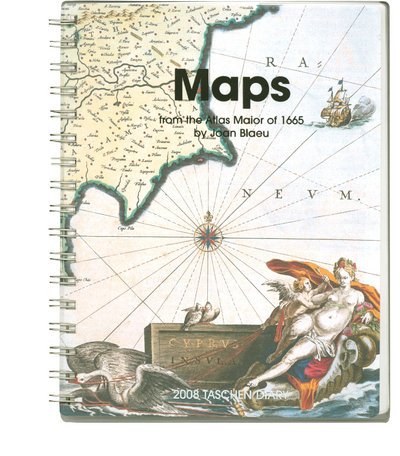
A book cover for Maps (Taschen's Diaries); Calendars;